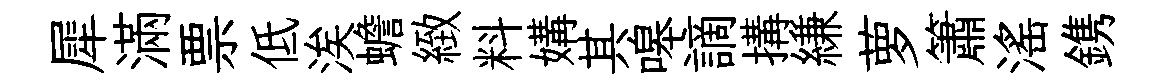
犀滿票低涘蟾緻料媾其嗥謫搆縑萝簫滛鎸